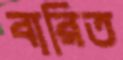
বারিত